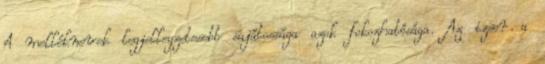
A melléknevek legjellegzetesebb sajátossága azok fokozhatósága. Az izsor a